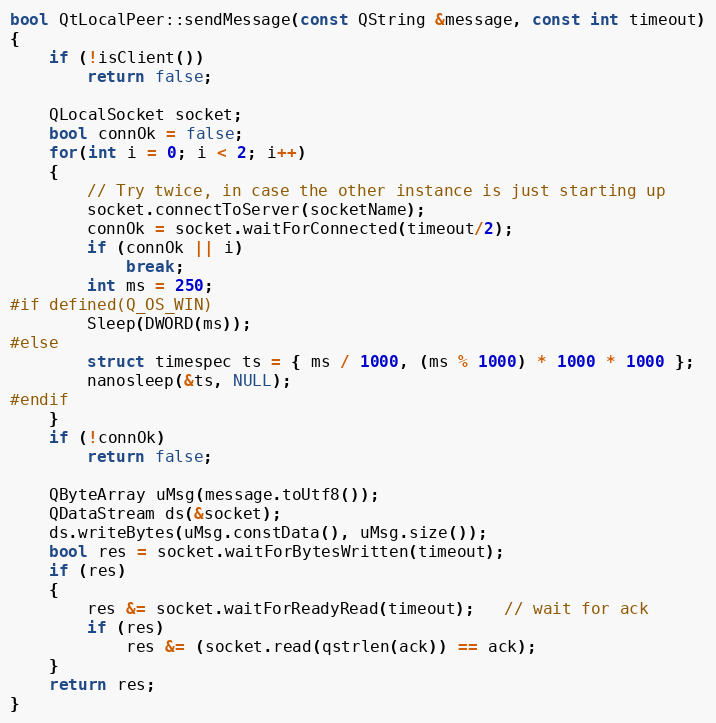
Language: C++
bool QtLocalPeer::sendMessage(const QString &message, const int timeout)
{
    if (!isClient())
        return false;

    QLocalSocket socket;
    bool connOk = false;
    for(int i = 0; i < 2; i++)
    {
        // Try twice, in case the other instance is just starting up
        socket.connectToServer(socketName);
        connOk = socket.waitForConnected(timeout/2);
        if (connOk || i)
            break;
        int ms = 250;
#if defined(Q_OS_WIN)
        Sleep(DWORD(ms));
#else
        struct timespec ts = { ms / 1000, (ms % 1000) * 1000 * 1000 };
        nanosleep(&ts, NULL);
#endif
    }
    if (!connOk)
        return false;

    QByteArray uMsg(message.toUtf8());
    QDataStream ds(&socket);
    ds.writeBytes(uMsg.constData(), uMsg.size());
    bool res = socket.waitForBytesWritten(timeout);
    if (res)
    {
        res &= socket.waitForReadyRead(timeout);   // wait for ack
        if (res)
            res &= (socket.read(qstrlen(ack)) == ack);
    }
    return res;
}